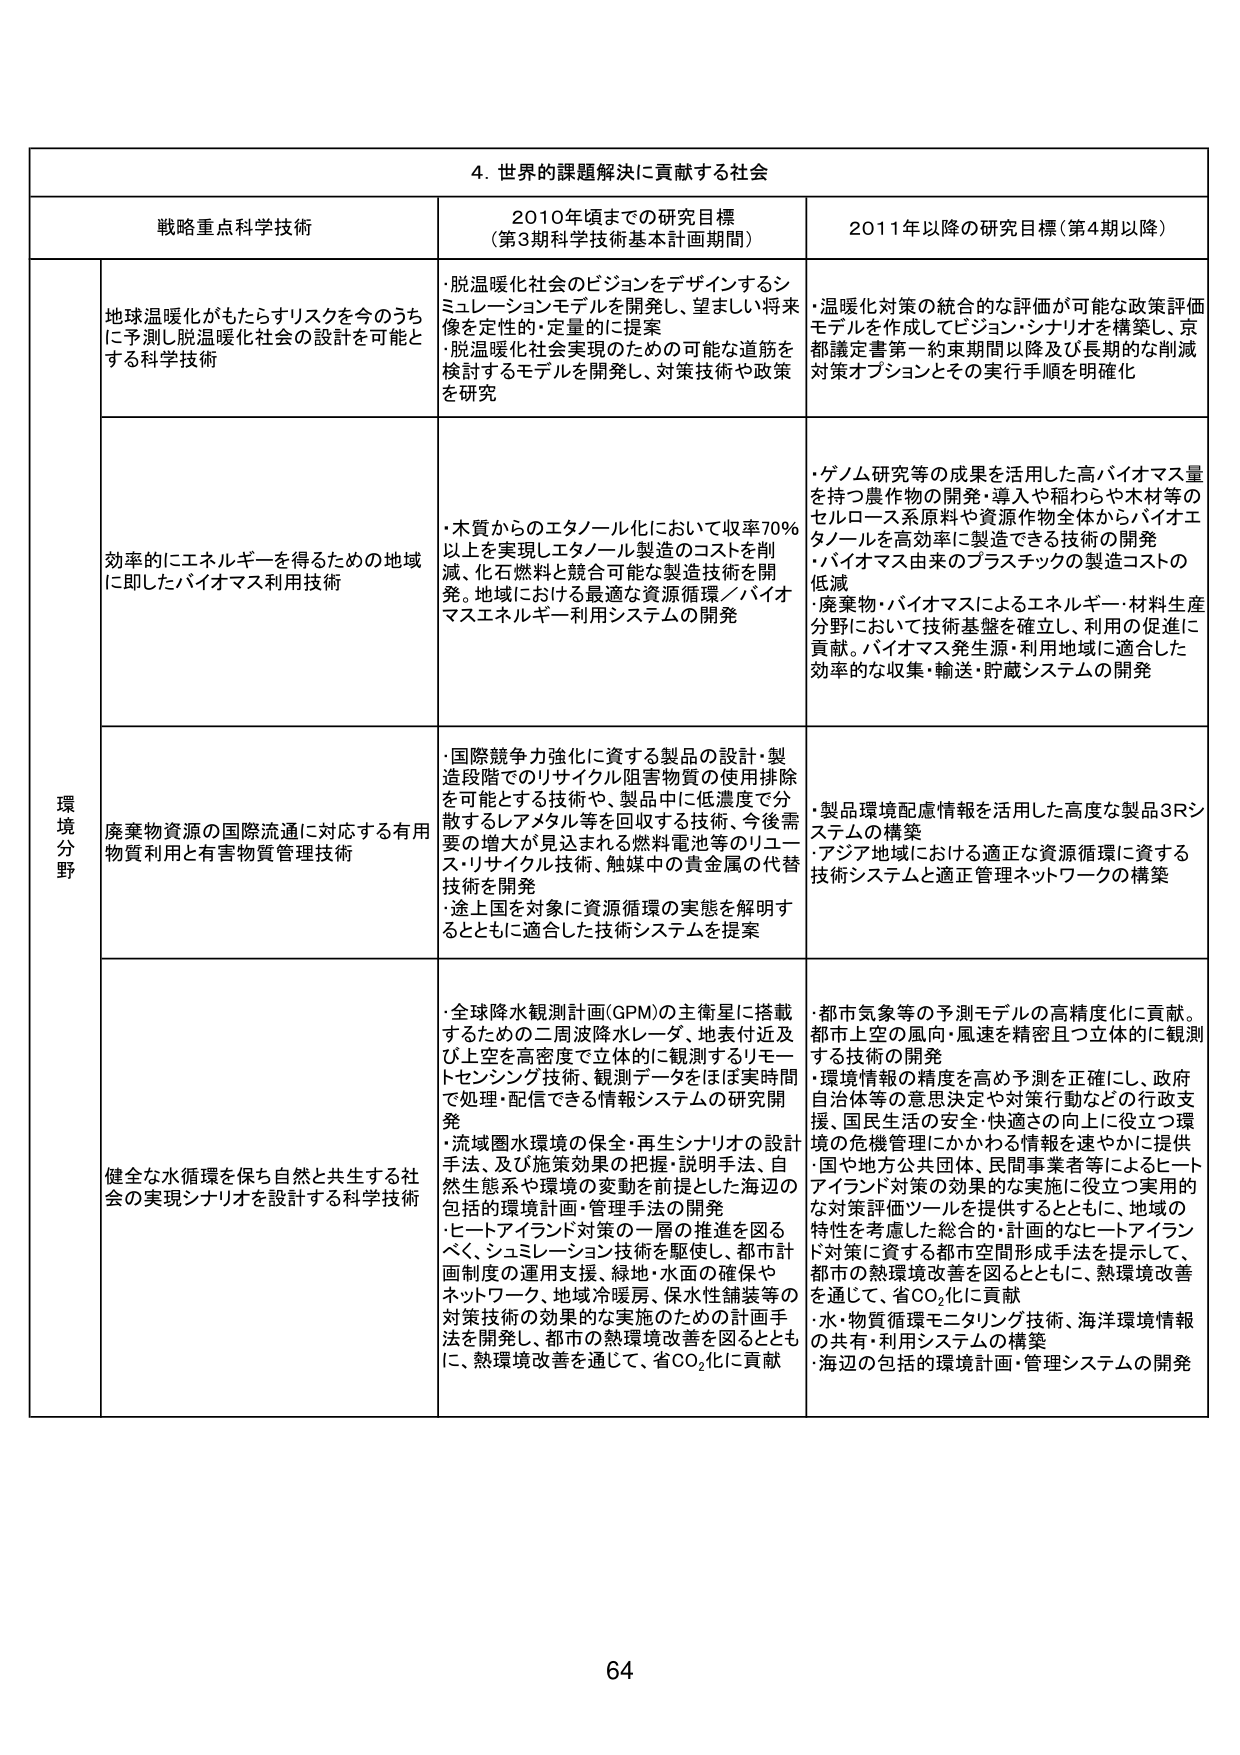
4. 世界の課題解決に貢献する社会

戦略重点科学技術 2010年頃までの研究目標 （第3期科学技術基本計画期間） 2011年以降の研究目標（第4期以降）

環境分野

地球温暖化がもたらすリスクを今のうちに予測し脱温暖化社会の設計を可能とする科学技術
・脱温暖化社会のビジョンをデザインするシミュレーションモデルを開発し、望ましい将来像を定性的・定量的に提案
・脱温暖化社会実現のための可能な道筋を検討するモデルを開発し、対策技術や政策を研究
・温暖化対策の統合的な評価が可能な政策評価モデルを作成してビジョン・シナリオを構築し、京都議定書第一約束期間以降及び長期的な削減対策オプションとその実行手順を明確化

効率的にエネルギーを得るための地域に即したバイオマス利用技術
・木質からのエタノール化において収率70％以上を実現しエタノール製造のコストを削減、化石燃料と競合可能な製造技術を開発。地域における最適な資源循環／バイオマスエネルギー利用システムの開発
・ゲノム研究等の成果を活用した高バイオマス量を持つ農作物の開発・導入や稲わらや木材等のセルロース系原料や資源作物全体からバイオエタノールを高効率に製造できる技術の開発
・バイオマス由来のプラスチックの製造コストの低減
・廃棄物・バイオマスによるエネルギー・材料生産分野において技術基盤を確立し、利用の促進に貢献。バイオマス発生源・利用地域に適合した効率的な収集・輸送・貯蔵システムの開発

廃棄物資源の国際流通に対応する有用物質利用と有害物質管理技術
・国際競争力強化に資する製品の設計・製造段階でのリサイクル阻害物質の使用排除を可能とする技術や、製品中に低濃度で分散するレアメタル等を回収する技術、今後需要の増大が見込まれる燃料電池等のリユース・リサイクル技術、触媒中の貴金属の代替技術を開発
・途上国を対象に資源循環の実態を解明するとともに適合した技術システムを提案
・製品環境配慮情報を活用した高度な製品3Rシステムの構築
・アジア地域における適正な資源循環に資する技術システムと適正管理ネットワークの構築

健全な水循環を保ち自然と共生する社会の実現シナリオを設計する科学技術
・全球降水観測計画（GPM）の主衛星に搭載するための二周波降水レーダ、地表付近及び上空を高密度で立体的に観測するリモートセンシング技術、観測データをほぼ実時間で処理・配信できる情報システムの研究開発
・流域圏水環境の保全・再生シナリオの設計手法、及び施策効果の把握・説明手法、自然生態系や環境の変動を前提とした海辺の包括的環境計画・管理手法の開発
・ヒートアイランド対策の一層の推進を図るべく、シミュレーション技術を駆使し、都市計画制度の運用支援、緑地・水面の確保やネットワーク、地域冷暖房、保水性舗装等の対策技術の効果的な実施のための計画手法を開発し、都市の熱環境改善を図るとともに、熱環境改善を通じて、省CO₂化に貢献
・都市気象等の予測モデルの高精度化に貢献。都市上空の風向・風速を精密且つ立体的に観測する技術の開発
・環境情報の精度を高め予測を正確にし、政府自治体等の意思決定や対策行動などの行政支援、国民生活の安全・快適さの向上に役立つ環境の危機管理にかかわる情報を速やかに提供
・国や地方公共団体、民間事業者等によるヒートアイランド対策の効果的な実施に役立つ実用的な対策評価ツールを提供するとともに、地域の特性を考慮した総合的・計画的なヒートアイランド対策に資する都市空間形成手法を提示して、都市の熱環境改善を図るとともに、熱環境改善を通じて、省CO₂化に貢献
・水・物質循環モニタリング技術、海洋環境情報の共有・利用システムの構築
・海辺の包括的環境計画・管理システムの開発

64